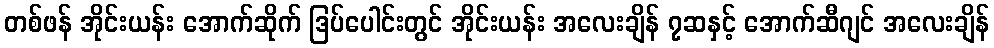
တစ်ဖန် အိုင်းယန်း အောက်ဆိုက် ဒြပ်ပေါင်းတွင် အိုင်းယန်း အလေးချိန် ၇ဆနှင့် အောက်ဆီဂျင် အလေးချိန်